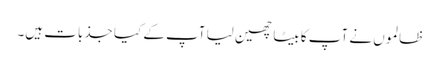
ظالموں نے آپ کا بیٹا چھین لیا آپ کے کیا جذبات ہیں۔